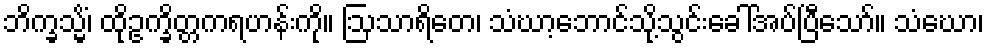
ဘိက္ခသ္မိံ၊ ထိုဥက္ခိတ္တကရဟန်းကို။ ဩသာရိတေ၊ သံဃာ့ဘောင်သို့သွင်းခေါ်အပ်ပြီသော်။ သံဃော၊